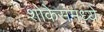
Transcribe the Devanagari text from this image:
शोकेसमध्ये